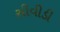
સીવીડી